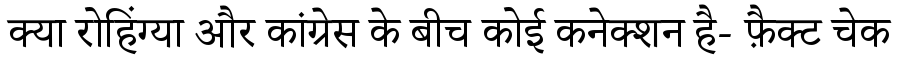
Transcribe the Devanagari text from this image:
क्या रोहिंग्या और कांग्रेस के बीच कोई कनेक्शन है- फ़ैक्ट चेक